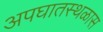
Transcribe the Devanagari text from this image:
अपघातस्थळास